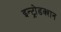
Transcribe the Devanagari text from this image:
इन्ट्रोडक्शन